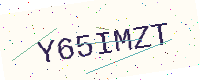
Text: Y65IMZT